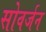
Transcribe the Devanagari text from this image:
सोवर्जन